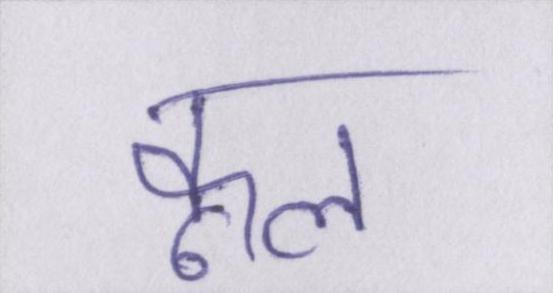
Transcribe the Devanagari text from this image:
कूल